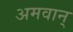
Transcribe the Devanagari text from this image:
अमवान्